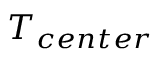
T _ { c e n t e r }